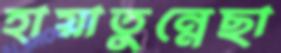
হায়াতুন্নেছা